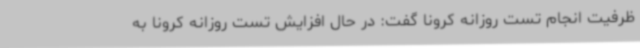
ظرفیت انجام تست روزانه کرونا گفت: در حال افزایش تست روزانه کرونا به